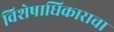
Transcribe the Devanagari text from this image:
विशेषाधिकाराचा